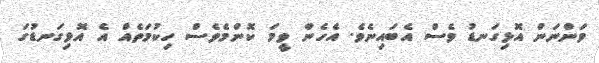
ވަންނަން އޮޅިގަނޑު ވެސް އެބައިނެވެ. އެހެން ވީމަ ކޮންމެވެސް ހިކުމަތެއް އެ އޮޅިގަނޑުގަ